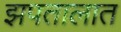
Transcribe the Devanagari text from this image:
झपतालात